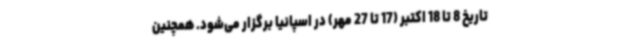
تاریخ 8 تا 18 اکتبر (17 تا 27 مهر) در اسپانیا برگزار می‌شود. همچنین